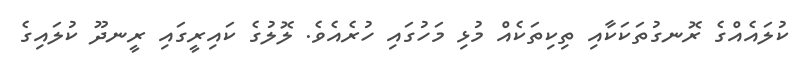
ކުލައެއްގެ ރޮނގުތަކަކާއި ތިކިތަކެއް މުޅި މަހުގައި ހުރެއެވެ. ލޮލުގެ ކައިރީގައި ރީނދޫ ކުލައިގެ